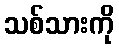
သစ်သားကို